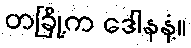
တခြို့က ဒေါနနံ့။